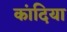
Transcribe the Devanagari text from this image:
कांदिया